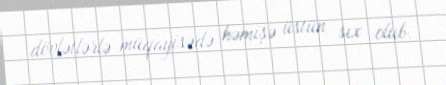
dövlətlərlə müqayisədə həmişə üstün, sıx olub.